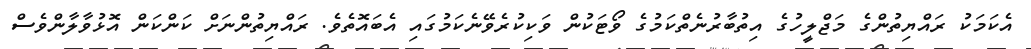
އެކަމަކު ރައްޔިތުންގެ މަޖްލީހުގެ އިތުބާރުނެތްކަމުގެ ވޯޓަކުން ވަކިކުރެވޭނެކަމުގައި އެބައޮތެވެ. ރައްޔިތުންނަށް ކަންކަން އޮޅުވާލާންވެސް